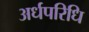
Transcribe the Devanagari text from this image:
अर्धपरिधि